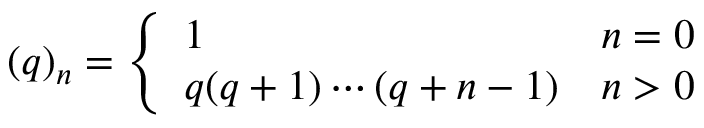
( q ) _ { n } = { \left\{ \begin{array} { l l } { 1 } & { n = 0 } \\ { q ( q + 1 ) \cdots ( q + n - 1 ) } & { n > 0 } \end{array} \right. }